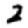
Digit: 2